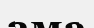
ама